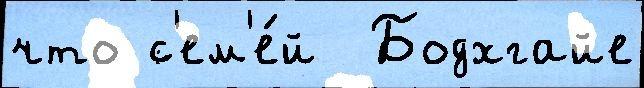
что с'ем'е́й  Бодхгайе